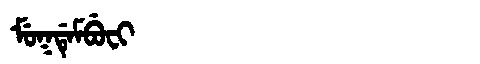
Manchu: ᠮᡠᡴᡩᡝᠮᠪᡠᠸᡳ
Romanization: MUKDEMBUFI